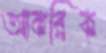
আকরিক